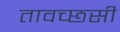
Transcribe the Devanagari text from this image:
तावच्छसी